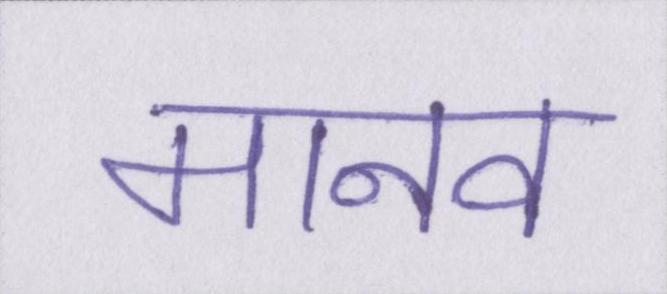
मानव